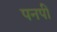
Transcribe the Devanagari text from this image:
पनपीं